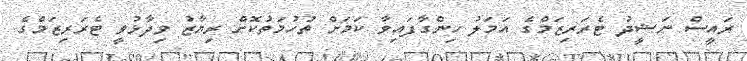
ރައީސް ނަޝީދު ޓެރަރިޒަމްގެ އަމަލު ހިންގާފައިވާ ކަމަށް ތުހުމަތުކޮށް ރިޔާޒު ވިދާޅުވީ ޓެރަރިޒަމްގެ